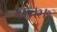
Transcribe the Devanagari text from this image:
१।७।२।१